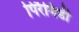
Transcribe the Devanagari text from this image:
पिरैमिडी